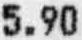
5.90